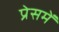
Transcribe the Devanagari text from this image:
प्रेसमें